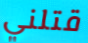
قتلني